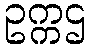
ဥက္ကဌ